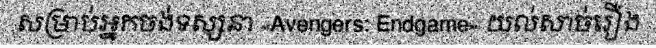
សម្រាប់អ្នកចង់ទស្សនា «Avengers: Endgame» យល់សាច់រឿង